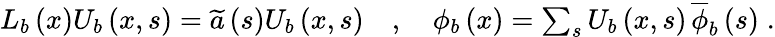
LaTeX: \begin{array}{r}{L_{b}\left(x\right)U_{b}\left(x,s\right)=\widetilde{a}\left(s\right)U_{b}\left(x,s\right)\quad,\quad\phi_{b}\left(x\right)=\sum_{s}U_{b}\left(x,s\right)\, \overline{{\phi}}_{b}\left(s\right)\; .}\end{array}